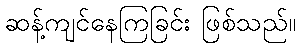
ဆန့်ကျင်နေကြခြင်း ဖြစ်သည်။